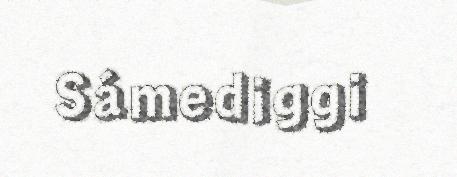
Sámediggi